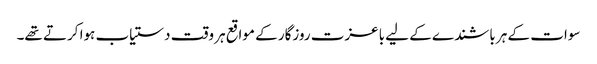
سوات کے ہر باشندے کے لیے باعزت روزگار کے مواقع ہر وقت دستیاب ہوا کرتے تھے۔